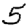
Digit: 5